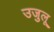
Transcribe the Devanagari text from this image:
उजुलू